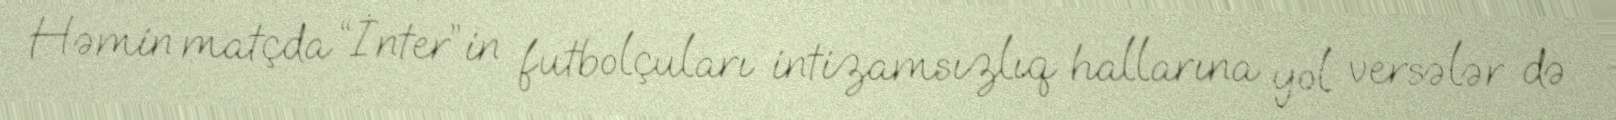
Həmin matçda “İnter”in futbolçuları intizamsızlıq hallarına yol versələr də